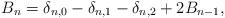
LaTeX: \begin{align*}B_n=\delta_{n,0}-\delta_{n,1}-\delta_{n,2}+2B_{n-1},\end{align*}